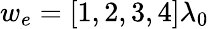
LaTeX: w_{e}=[1,2,3,4]\lambda_{0}